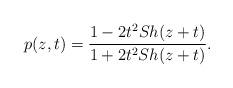
LaTeX: \begin{align*}p(z, t) = \frac{1- 2t^2 Sh(z+t)}{1 + 2t^2 Sh(z+t)}.\end{align*}